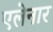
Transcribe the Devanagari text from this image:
एलेनार